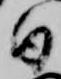
日